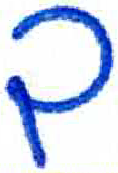
אות: ך